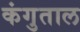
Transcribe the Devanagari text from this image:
कंगुताल